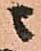
ニ